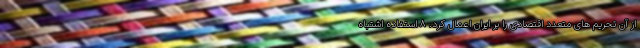
از آن تحریم های متعدد اقتصادی را بر ایران اعمال کرد. ۸ استفاده اشتباه